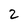
Character: 2